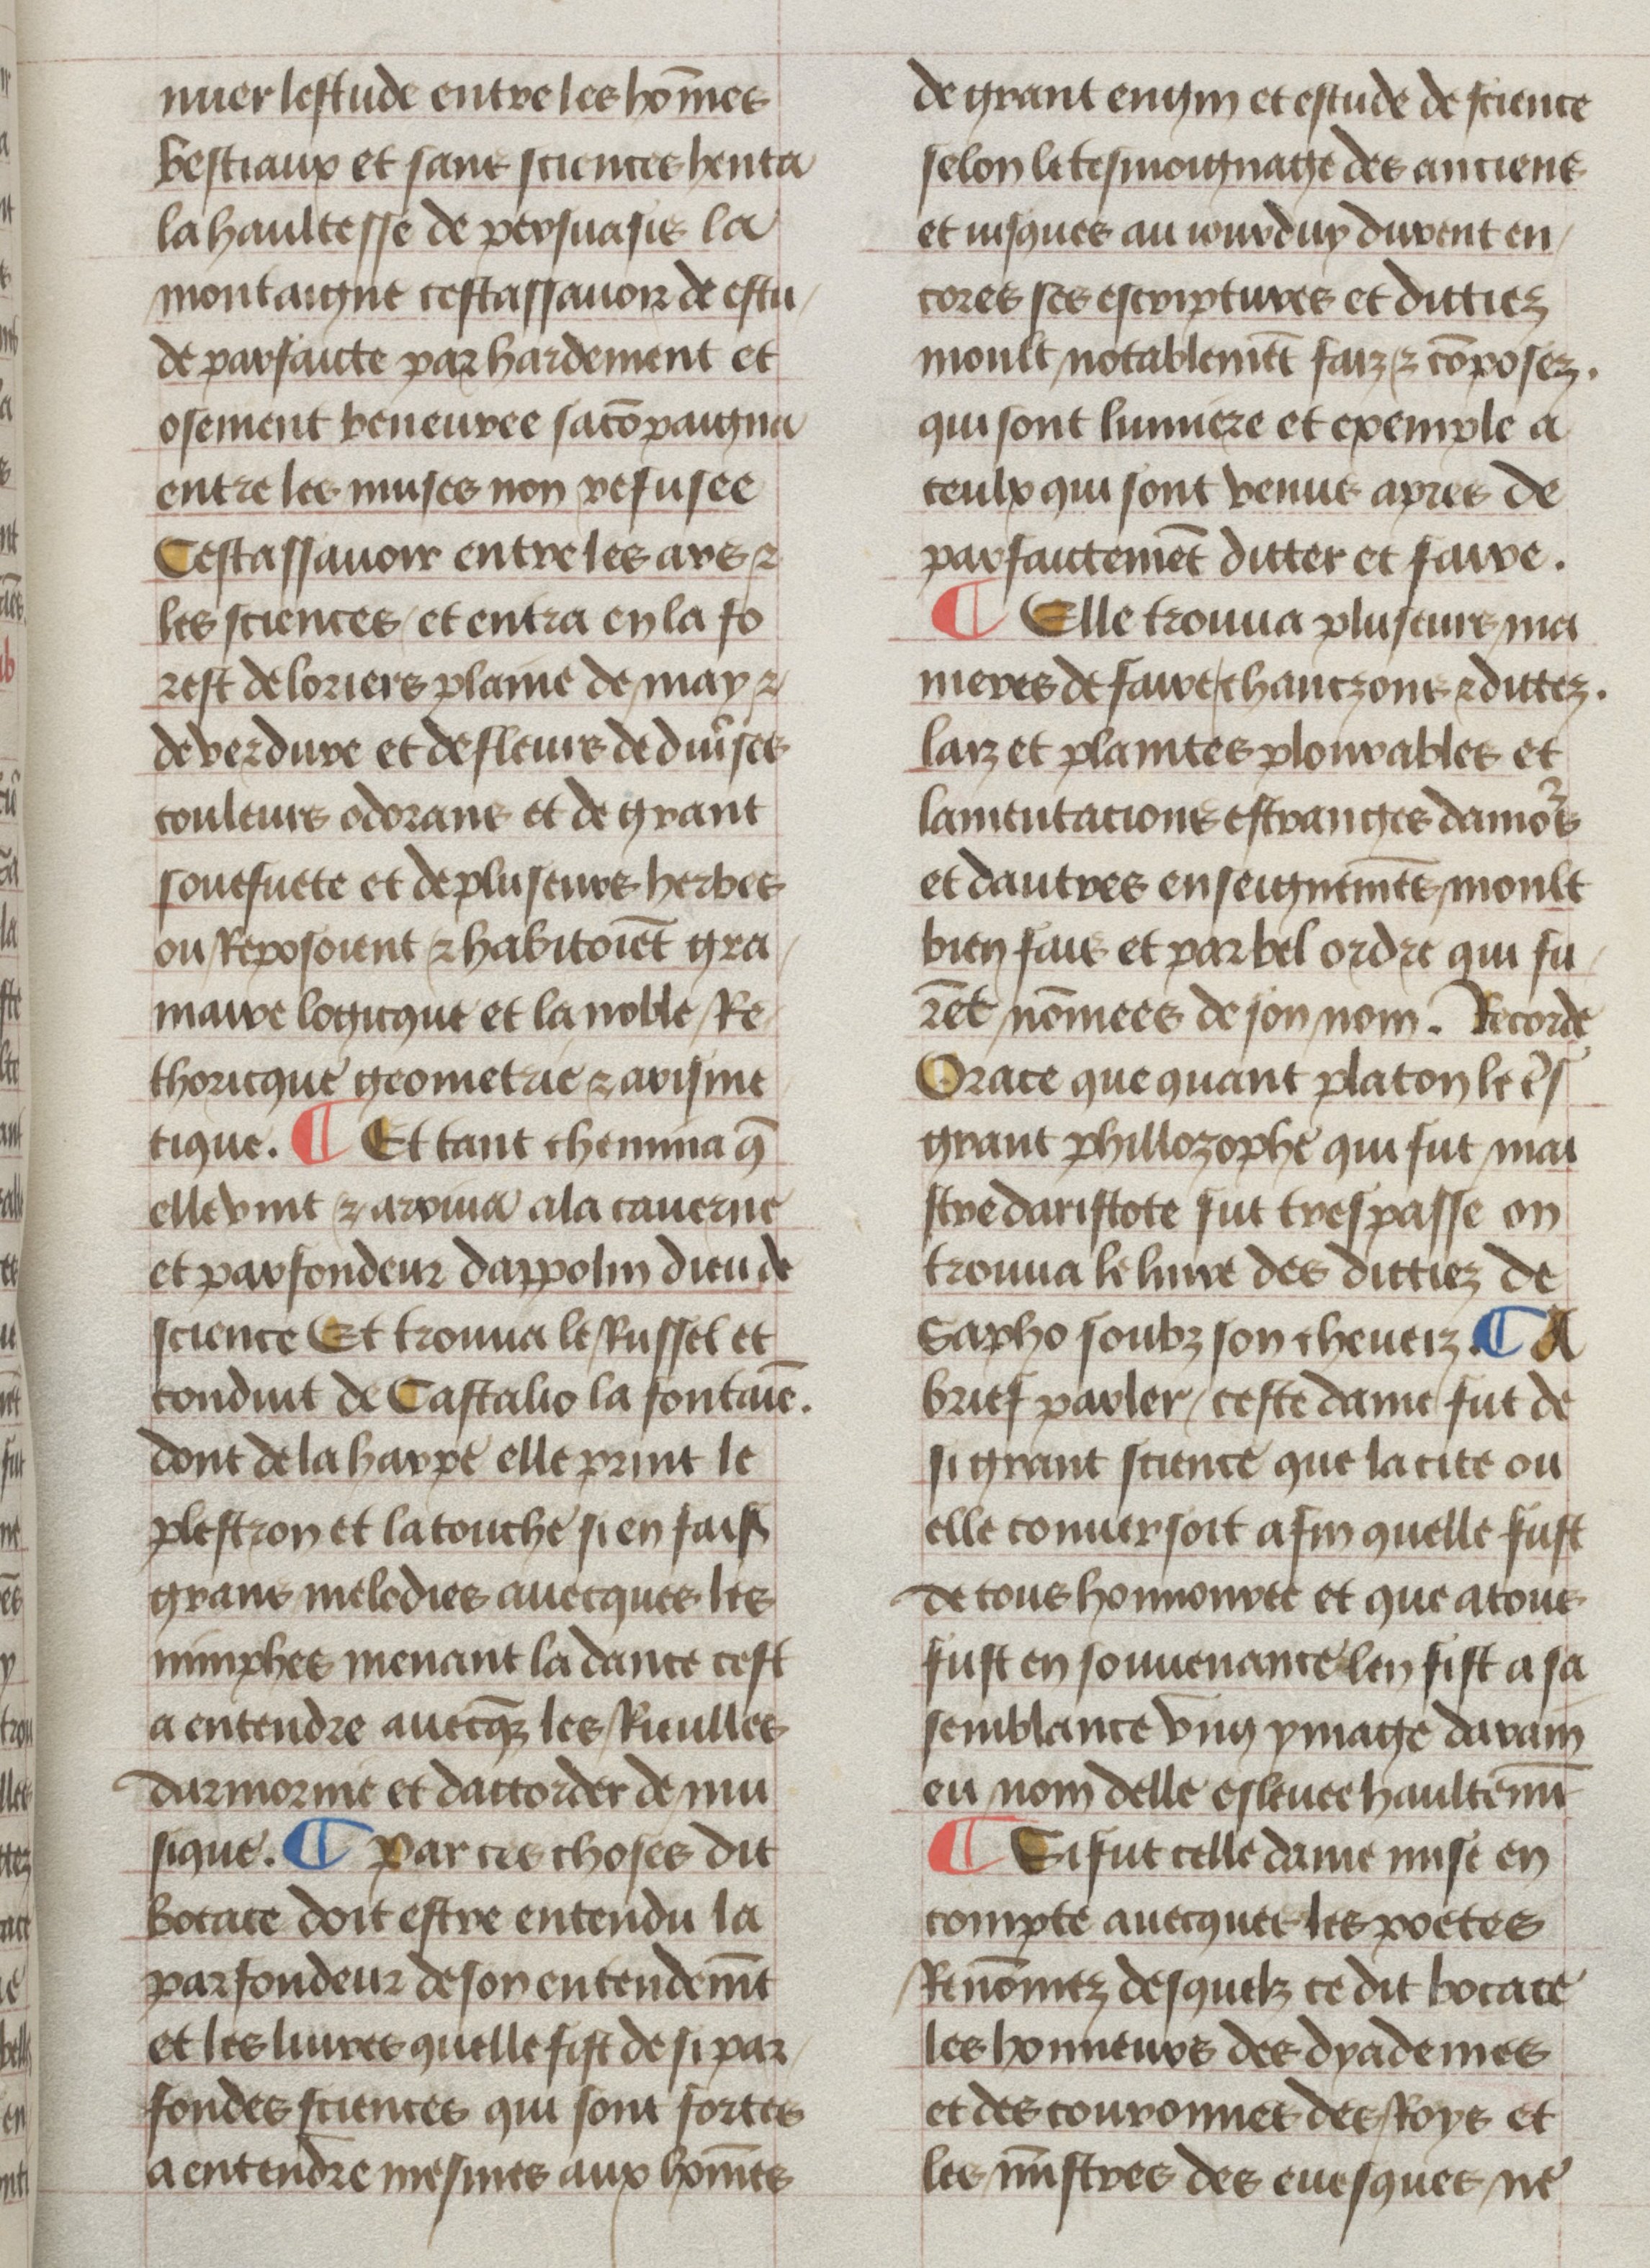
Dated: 1450–1499